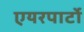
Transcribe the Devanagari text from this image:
एयरपार्टो